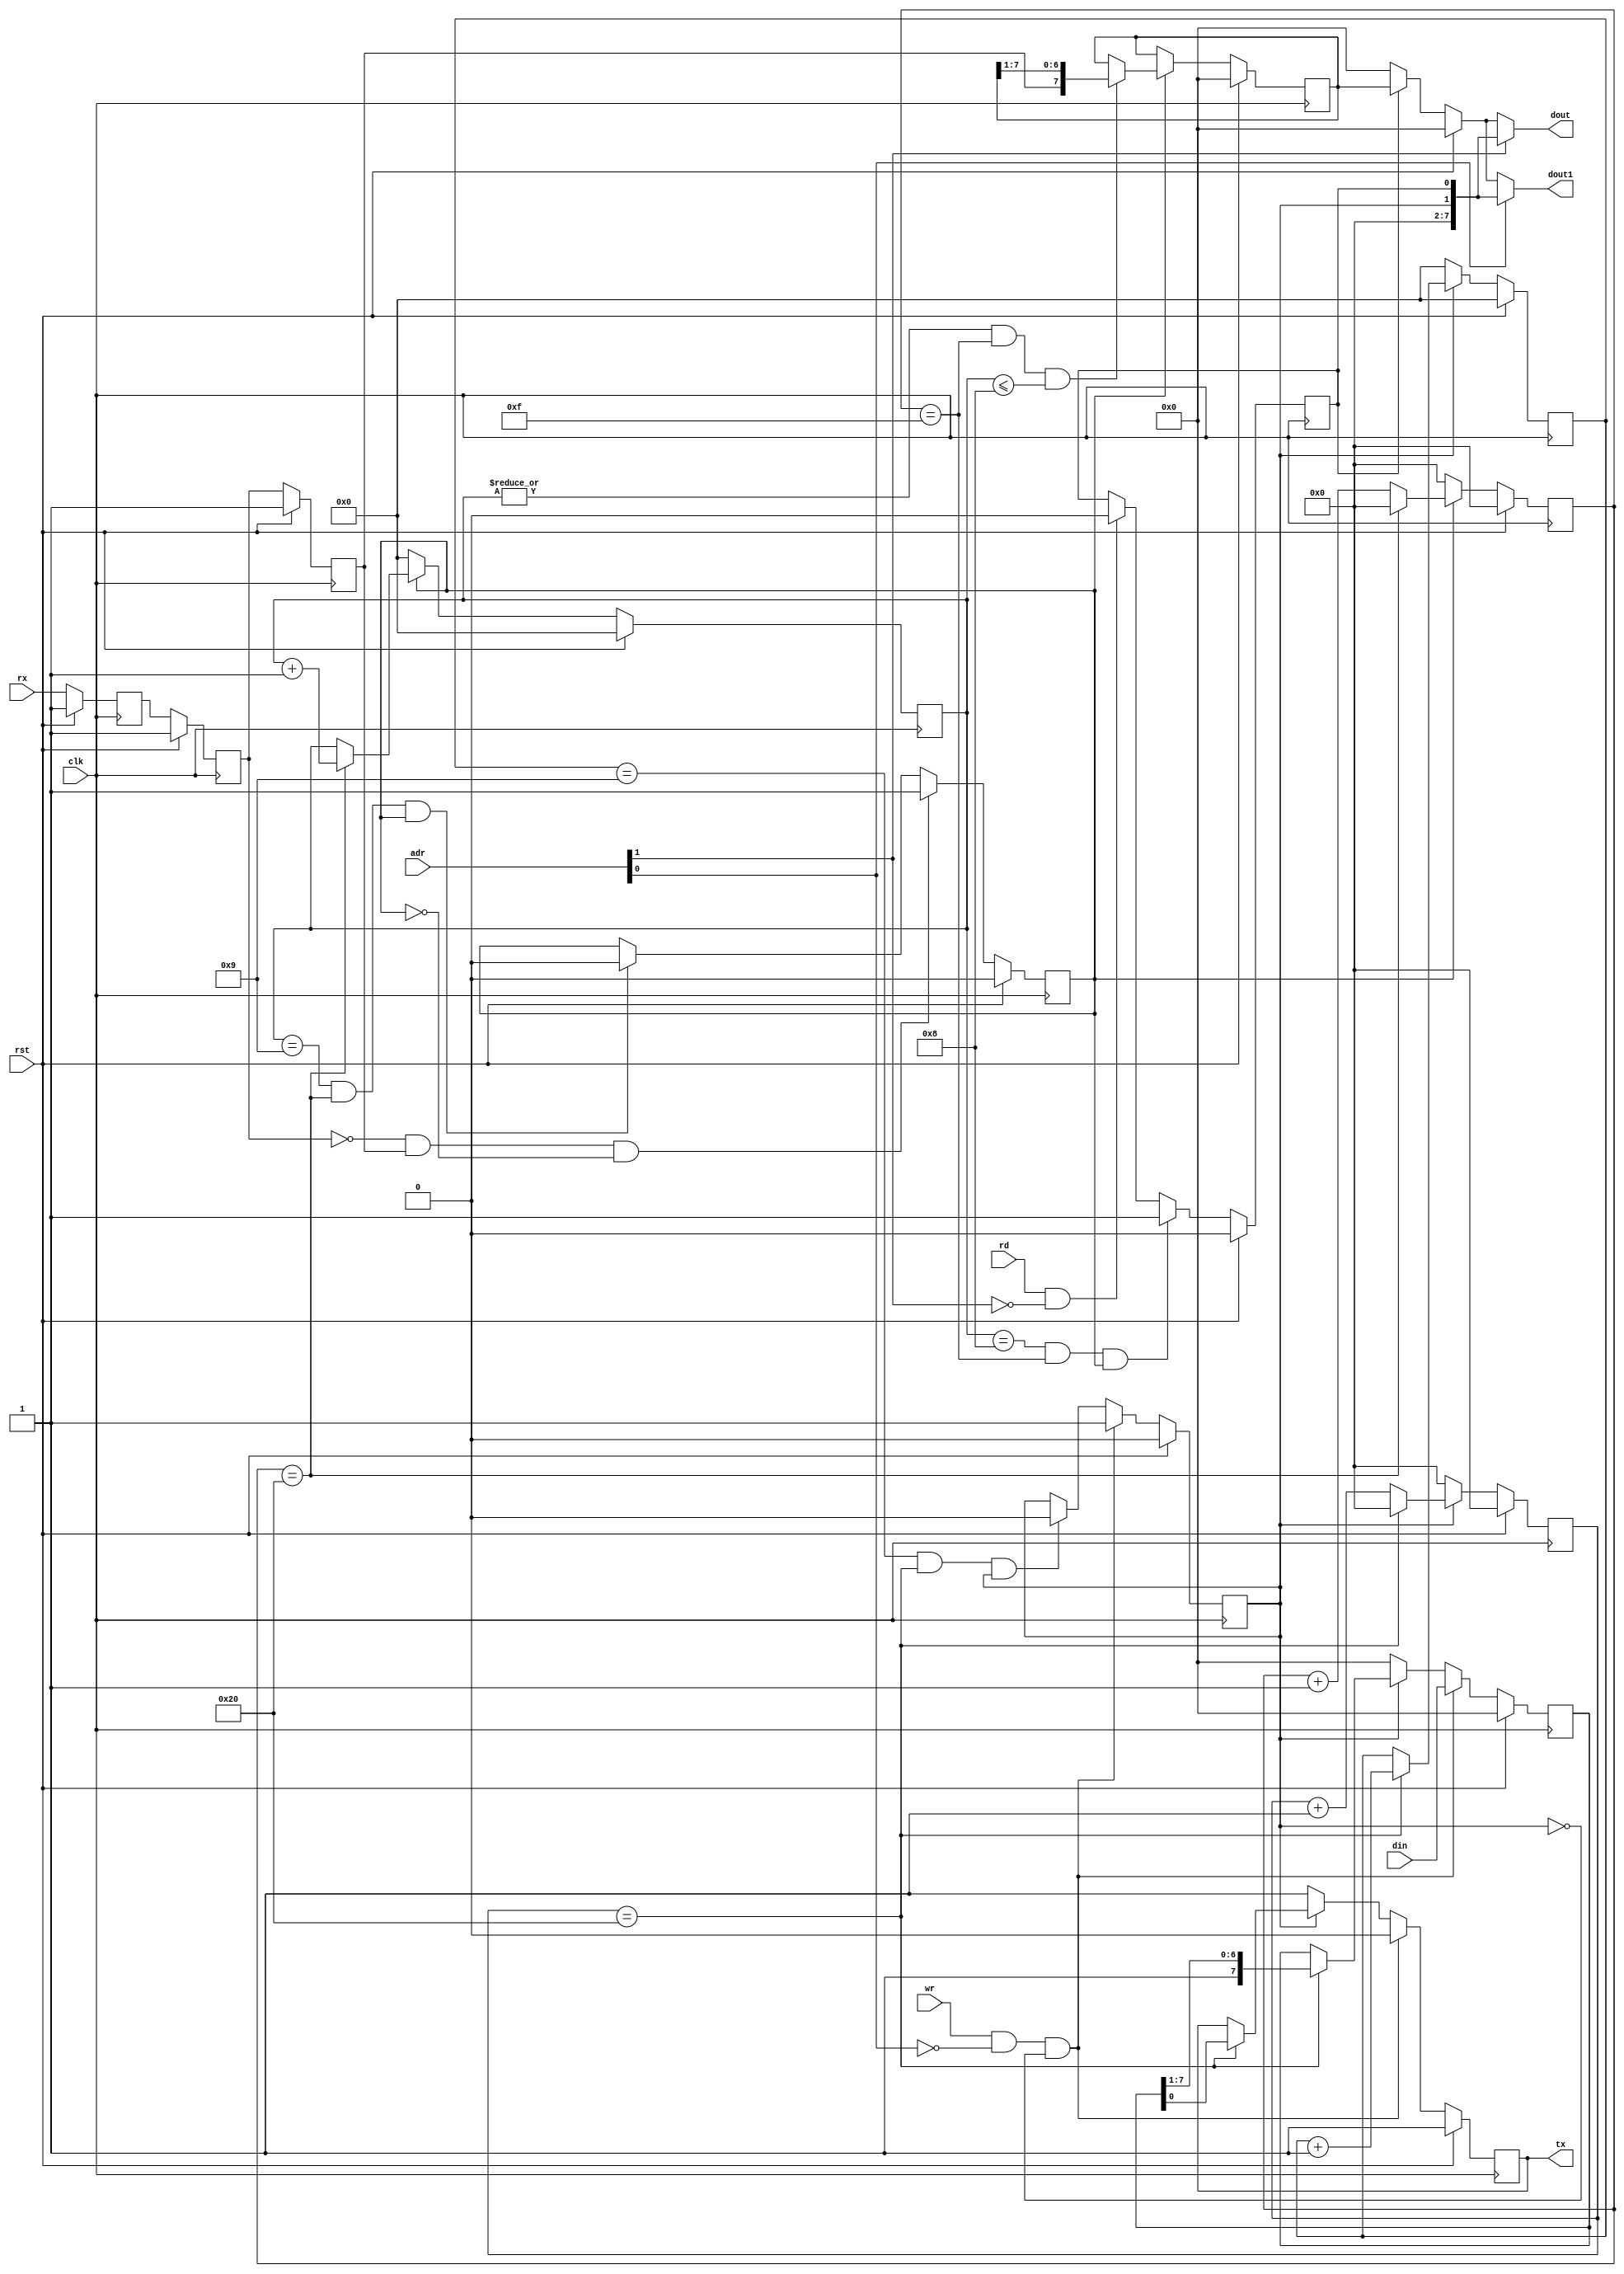
`timescale 1ns / 1ps
//////////////////////////////////////////////////////////////////////////////////
// Company: 
// Engineer: 
// 
// Design Name: 
// Module Name: uart
// Project Name: 
// Target Devices: 
// Tool Versions: 
// Description: 
// 
// Dependencies: 
// 
// Revision:
// Revision 0.01 - File Created
// Additional Comments:
// 
//////////////////////////////////////////////////////////////////////////////////


module uart
#(
	parameter BAUD_RATE	= 'd300_0000	,
	parameter CLK_FREQ 	= 'd100_000_000	
)
(
	input clk,
	input rst,
	
	input  wire			rx			,
	input  wire			wr			,
	input  wire			rd			,
	input  wire[1:0]	adr			,
	input  wire[7:0]	din			,

	output reg			tx			,
	output wire[7:0]	dout		,
	output wire[7:0]	dout1		
);

	localparam BAUD_COUNT = (CLK_FREQ / BAUD_RATE) - 1;	// 
	localparam BAUD_COUNT_MID = (BAUD_COUNT / 2) - 1;	// 
    localparam BAUD_WIDTH = $clog2(BAUD_COUNT+1);		// 
	
    reg rx1,rx2,rx3;
    reg rx_en;	// rx
    reg[BAUD_WIDTH-1:0] rx_buad_count;
    reg[3:0] rx_bit_count; // 
    
    reg tx_en;	// tx
    reg[BAUD_WIDTH-1:0] tx_buad_count;
    reg[3:0] tx_bit_count;// 
    reg[7:0] tx_reg;	// 
    
    reg	rx_data_ok;
    reg[7:0] rx_data;	
    reg[7:0] data_out;	
	
    wire rx_rd = rd & !adr[1];
    wire tx_wr = wr & !adr[0];
    
	assign dout = adr[1] ? {6'b0,tx_en,rx_data_ok} : data_out;
	assign dout1 = adr[0] ? {6'b0,tx_en,rx_data_ok} : data_out;

    // Rx
    always @(posedge clk)
    begin
    	if(rst)
    	begin
    		rx1 <= 1;
    		rx2 <= 1;
    		rx3 <= 1;
    	end else 
    	begin	// 
    		rx1 <= rx;
    		rx2 <= rx1;
    		rx3 <= rx2;
    	end
    end
    
    always @(posedge clk)
    begin
    	if(rst)
        	rx_en <= 0;
        else if(!rx2 && rx3 && !rx_en) // rx2 rx3 
        	rx_en <= 1;
        else if((rx_bit_count == 'd9) && rx_buad_count == BAUD_COUNT && rx_en) // 8bitrx_bit_count==0bit
        	rx_en <= 0;
   	end
    
    always @(posedge clk)
    begin
    	if(rst)
    		rx_buad_count <= 0;
    	else if(rx_en)
        	if(rx_buad_count == BAUD_COUNT) // bit
            	rx_buad_count <= 0;
            else							// bit
        		rx_buad_count <= rx_buad_count + 1;
        else
        	rx_buad_count <= 0;
    end
    
    always @(posedge clk)
    begin
    	if(rst)
        	rx_bit_count <= 0;
        else if(rx_en)
        begin
        	if(rx_buad_count == BAUD_COUNT) // bit
            	rx_bit_count <= rx_bit_count + 1;
        end else
        	rx_bit_count <= 0;
    end
    
    always @(posedge clk)
    begin
    	if(rst)
    		rx_data <= 0;
        else if(rx_en)
        	if(|rx_bit_count && rx_buad_count == BAUD_COUNT_MID && rx_bit_count <= 'd8) // bit bit
            	rx_data <= {rx3,rx_data[7:1]};
    end
    
    always @(posedge clk)
    begin
    	if(rst)
    		rx_data_ok <= 0;
        else if((rx_bit_count == 'd8) && (rx_buad_count == BAUD_COUNT_MID) && rx_en) // 8bit
        	rx_data_ok <= 1;
        else if(rx_rd)
        	rx_data_ok <= 0;
    end
    
    always @(*)
    begin
    	if(rst)
        	data_out = 0;
        else if(rx_data_ok) // 
        	data_out = rx_data;
        else
        	data_out = 0;
    end
    
    // Tx
    always @(posedge clk)
    begin
    	if(rst)
    		tx_en <= 0;
        else if(tx_wr && !tx_en) // 
        	tx_en <= 1;
        else if(tx_bit_count == 9 && tx_buad_count == BAUD_COUNT && tx_en) // 1
        	tx_en <= 0;
    end
    
    always @(posedge clk)
    begin
    	if(rst)
    		tx_buad_count <= 0;
        else if(tx_en)
        	if(tx_buad_count == BAUD_COUNT) // bit
            	tx_buad_count <= 0;         
            else							// bit
            	tx_buad_count <= tx_buad_count + 1; 
        else
        	tx_buad_count <= 0;
    end
    
    always @(posedge clk)
    begin
    	if(rst)
    		tx_bit_count <= 0;
        else if(tx_en)
        begin
        	if(tx_buad_count == BAUD_COUNT) // bit
            	tx_bit_count <= tx_bit_count + 1;
        end else
        	tx_bit_count <= 0;
    end
    
    always @(posedge clk)
    begin
    	if(rst)
        begin
    		tx <= 1;
            tx_reg <= 0;
        end else if(tx_wr && !tx_en)
        begin
        	tx <= 0;
        	tx_reg <= din;
        end else if(tx_en)
        begin
            if(tx_buad_count == BAUD_COUNT)  // 1bit
            	{tx_reg, tx} <= {1'b1, tx_reg};
        end else
        begin
        	tx <= 1;
        	tx_reg <= 0;
        end 
    end
    
endmodule